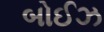
બોઈઝ